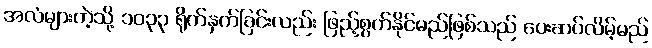
အလံများကဲ့သို့ ၁၀၃၃ ရိုက်နှက်ခြင်းလည်း ဖြည့်စွက်နိုင်မည်ဖြစ်သည် ပေးဆပ်လိမ့်မည်